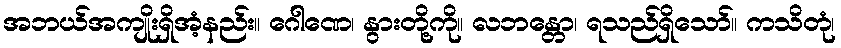
အဘယ်အကျိုးရှိအံ့နည်း။ ဂေါဏေ၊ နွားတို့ကို။ လဘန္တော၊ ရသည်ရှိသော်။ ကသိတုံ၊